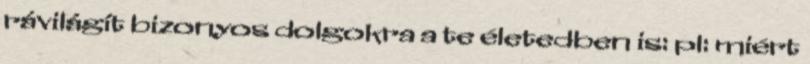
rávilágít bizonyos dolgokra a te életedben is: pl: miért